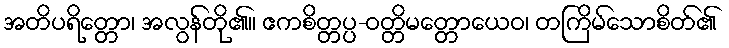
အတိပရိတ္တော၊ အလွန်တို၏။ ဧကစိတ္တပ္ပ-ဝတ္တိမတ္တောယေဝ၊ တကြိမ်သောစိတ်၏